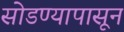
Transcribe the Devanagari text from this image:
सोडण्यापासून